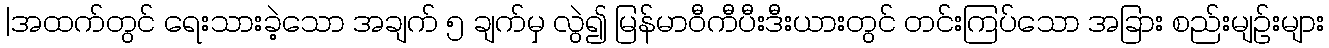
|အထက်တွင် ရေးသားခဲ့သော အချက် ၅ ချက်မှ လွဲ၍ မြန်မာဝီကီပီးဒီးယားတွင် တင်းကြပ်သော အခြား စည်းမျဉ်းများ